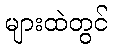
များထဲတွင်